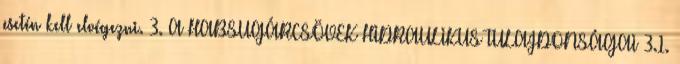
esetén kell elvégezni. 3. A HABSUGÁRCSÖVEK HIDRAULIKUS TULAJDONSÁGAI 3.1.